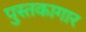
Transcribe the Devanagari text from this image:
पुस्तकागार